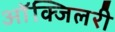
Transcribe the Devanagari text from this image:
आॅक्जिलरी